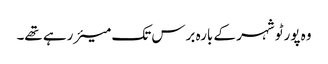
وہ پورٹو شہر کے بارہ برس تک میئر رہے تھے۔